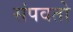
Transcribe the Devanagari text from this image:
संपवतो